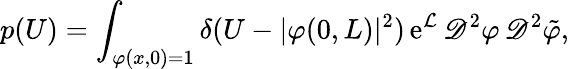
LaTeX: p(U)=\int_{\varphi(x,0)=1}\delta(U-\vert\varphi(0,L)\vert^{2})\, \mathrm{e}^{\mathcal{L}}\, \mathscr{D}^{2}\varphi\, \mathscr{D}^{2}\tilde{\varphi},